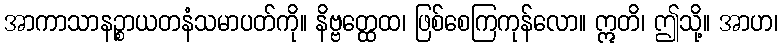
အာကာသာနဉ္စာယတနံသမာပတ်ကို။ နိဗ္ဗတ္ထေထ၊ ဖြစ်စေကြကုန်လော။ ဣတိ၊ ဤသို့။ အာဟ၊